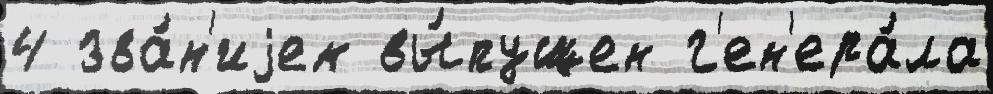
4 зва́н'иjем вы́пущен г'ен'ера́ла